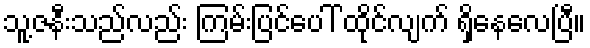
သူ့ဇနီးသည်လည်း ကြမ်းပြင်ပေါ် ထိုင်လျက် ရှိနေလေပြီ။